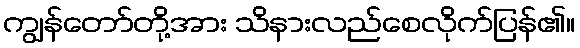
ကျွန်တော်တို့အား သိနားလည်စေလိုက်ပြန်၏။